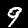
Label: 9